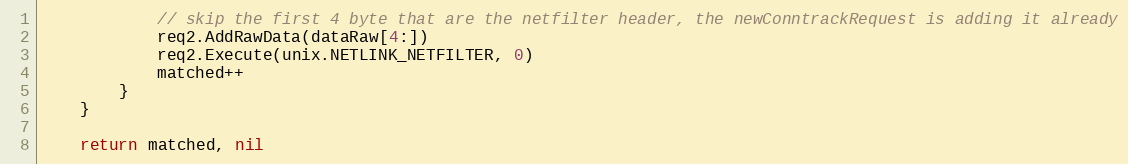
Language: Go
			// skip the first 4 byte that are the netfilter header, the newConntrackRequest is adding it already
			req2.AddRawData(dataRaw[4:])
			req2.Execute(unix.NETLINK_NETFILTER, 0)
			matched++
		}
	}

	return matched, nil